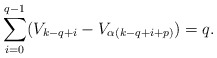
\begin{align*}\sum_{i=0}^{q-1}(V_{k-q+i}-V_{\alpha(k-q+i+p)})=q.\end{align*}